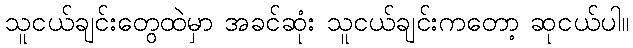
သူငယ်ချင်းတွေထဲမှာ အခင်ဆုံး သူငယ်ချင်းကတော့ ဆုငယ်ပါ။